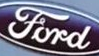
Ford